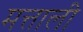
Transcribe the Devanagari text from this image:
मत्ताली